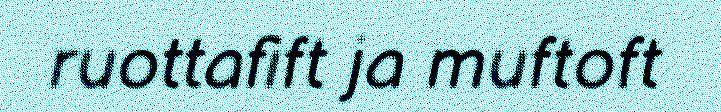
ruottafift ja muftoft